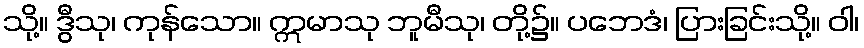
သို့။ ဒွီသု၊ ကုန်သော။ ဣမာသု ဘူမီသု၊ တို့၌။ ပဘေဒံ၊ ပြားခြင်းသို့။ ဝါ၊